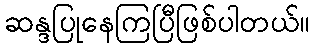
ဆန္ဒပြုနေကြပြီဖြစ်ပါတယ်။